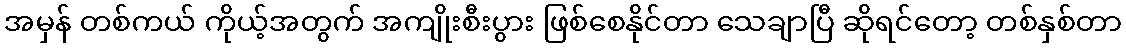
အမှန် တစ်ကယ် ကိုယ့်အတွက် အကျိုးစီးပွား ဖြစ်စေနိုင်တာ သေချာပြီ ဆိုရင်တော့ တစ်နှစ်တာ